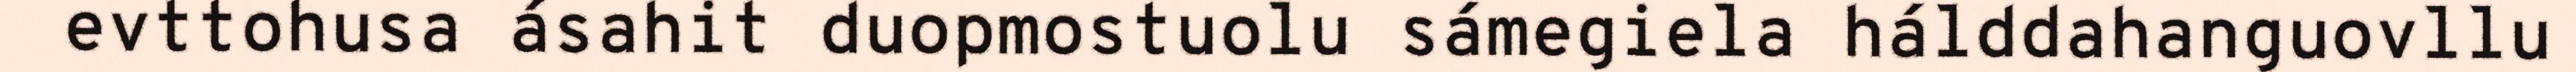
evttohusa ásahit duopmostuolu sámegiela hálddahanguovllu